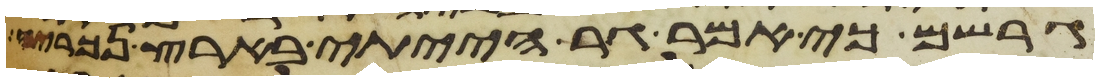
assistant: גרשם כי אמר גר הייתי בארץ נכריה